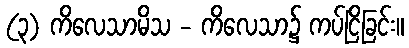
(၃) ကိလေသာမိသ - ကိလေသာ၌ ကပ်ငြိခြင်း။